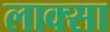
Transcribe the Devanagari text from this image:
लाक्सा